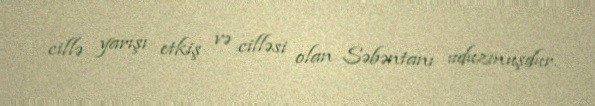
cillə yarışı etkiş və cilləsi olan Səbəntanı uduzmuşdur.